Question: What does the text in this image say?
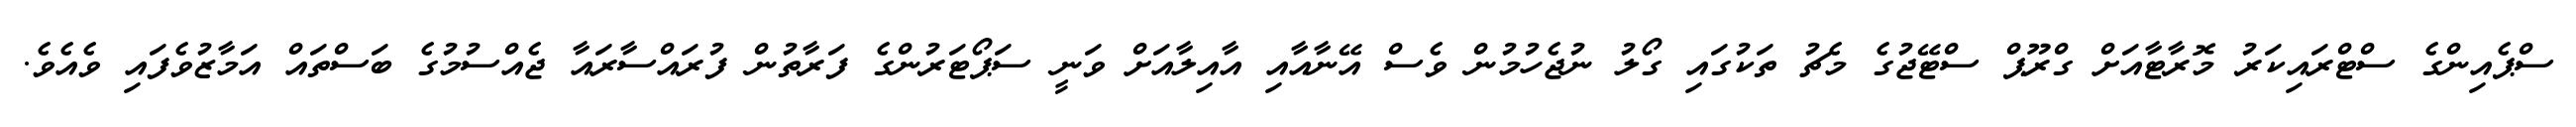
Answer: ސްޕެއިންގެ ސްޓްރައިކަރު މޮރާޓާއަށް ގްރޫޕް ސްޓޭޖުގެ މެޗު ތަކުގައި ގޯލު ނުޖެހުމުން ވެސް އޭނާއާއި އާއިލާއަށް ވަނީ ސަޕޯޓަރުންގެ ފަރާތުން ފުރައްސާރައާ ޖެއްސުމުގެ ބަސްތައް އަމާޒުވެފައި ވެއެވެ.